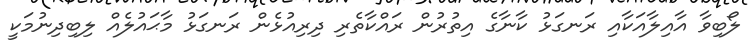
ލޯބިވާ އާއިލާއަކާއި ރަނގަޅު ކާނާގެ އިތުރުން ރައްކާތެރި ދިރިއުޅެން ރަނގަޅު މާޙައުލެއް ލިބިދިނުމަކީ